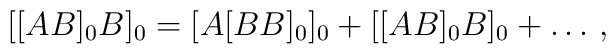
[[AB]_0B ]_0 = [A[BB]_0]_0 + [[AB]_0B]_0 +\ldots \,,